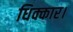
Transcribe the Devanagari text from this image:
धिक्कार।